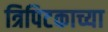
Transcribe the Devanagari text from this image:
त्रिपिटकाच्या